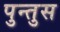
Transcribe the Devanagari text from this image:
पुन्तुस